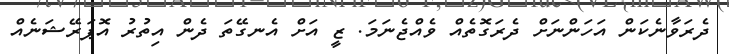
ދެރަވާނެކަން އަހަންނަށް ދެރަގޮތެއް ވެއްޖެނަމަ. ޒީ އަށް އެނގޭތަ ދެން އިތުރު އޮޕަރޭޝަނެއް